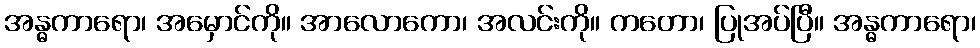
အန္ဓကာရော၊ အမှောင်ကို။ အာလောကော၊ အလင်းကို။ ကတော၊ ပြုအပ်ပြီ။ အန္ဓကာရော၊